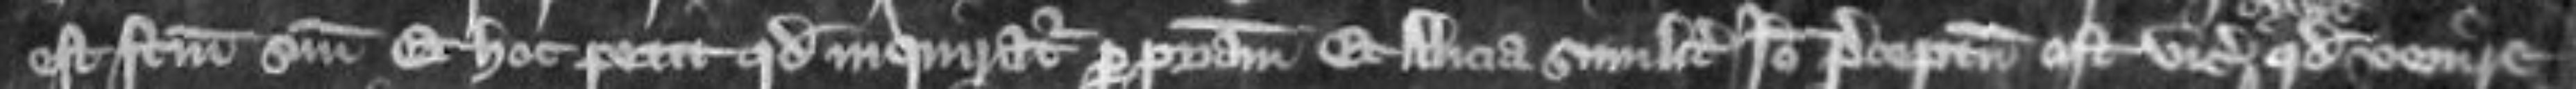
est factum suum Et hoc petit quod inquiratur per patriam Et Alicia similiter Ideo preceptum est vicecomiti quod venire